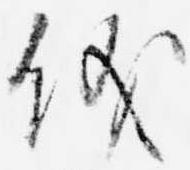
儀